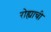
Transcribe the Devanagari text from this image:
रोह्याची